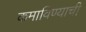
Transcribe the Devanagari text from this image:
कमाविण्याची